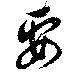
要